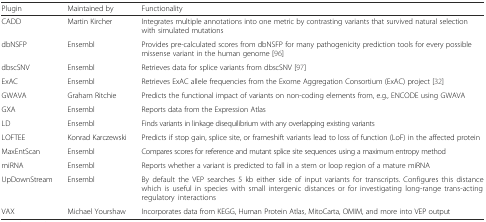
<table><thead><tr><td><b>Plugin</b></td><td><b>Maintained by</b></td><td><b>Functionality</b></td></tr></thead><tbody><tr><td>CADD</td><td>Martin Kircher</td><td>Integrates multiple annotations into one metric by contrasting variants that survived natural selection with simulated mutations</td></tr><tr><td>dbNSFP</td><td>Ensembl</td><td>Provides pre-calculated scores from dbNSFP for many pathogenicity prediction tools for every possible missense variant in the human genome [96]</td></tr><tr><td>dbscSNV</td><td>Ensembl</td><td>Retrieves data for splice variants from dbscSNV [97]</td></tr><tr><td>ExAC</td><td>Ensembl</td><td>Retrieves ExAC allele frequencies from the Exome Aggregation Consortium (ExAC) project [32]</td></tr><tr><td>GWAVA</td><td>Graham Ritchie</td><td>Predicts the functional impact of variants on non-coding elements from, e.g., ENCODE using GWAVA</td></tr><tr><td>GXA</td><td>Ensembl</td><td>Reports data from the Expression Atlas</td></tr><tr><td>LD</td><td>Ensembl</td><td>Finds variants in linkage disequilibrium with any overlapping existing variants</td></tr><tr><td>LOFTEE</td><td>Konrad Karczewski</td><td>Predicts if stop gain, splice site, or frameshift variants lead to loss of function (LoF) in the affected protein</td></tr><tr><td>MaxEntScan</td><td>Ensembl</td><td>Compares scores for reference and mutant splice site sequences using a maximum entropy method</td></tr><tr><td>miRNA</td><td>Ensembl</td><td>Reports whether a variant is predicted to fall in a stem or loop region of a mature miRNA</td></tr><tr><td>UpDownStream</td><td>Ensembl</td><td>By default the VEP searches 5 kb either side of input variants for transcripts. Configures this distance which is useful in species with small intergenic distances or for investigating long-range trans-acting regulatory interactions</td></tr><tr><td>VAX</td><td>Michael Yourshaw</td><td>Incorporates data from KEGG, Human Protein Atlas, MitoCarta, OMIM, and more into VEP output</td></tr></tbody></table>